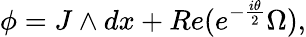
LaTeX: \phi=J\wedge dx+Re(e^{-{\frac{i\theta}{2}}}\Omega),